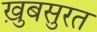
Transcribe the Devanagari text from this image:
ख़ुबसुरत